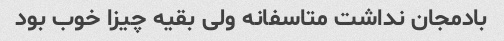
بادمجان نداشت متاسفانه ولی بقیه چیزا خوب بود